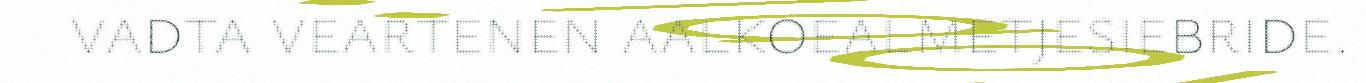
vadta veartenen aalkoealmetjesiebride.